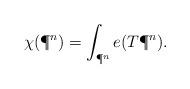
LaTeX: \begin{align*}\chi(\P^n)=\int_{\P^n}e(T\P^n).\end{align*}